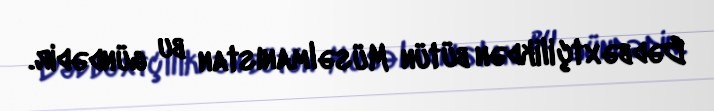
Bədbəxtçilikdən bütün Müsəlmanıstan bu gündədir.